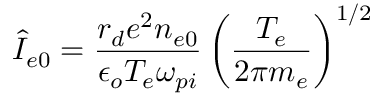
\hat { I } _ { e 0 } = \frac { r _ { d } e ^ { 2 } n _ { e 0 } } { \epsilon _ { o } T _ { e } \omega _ { p i } } \left( \frac { T _ { e } } { 2 \pi m _ { e } } \right) ^ { 1 / 2 }